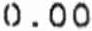
0.00